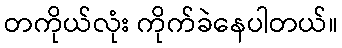
တကိုယ်လုံး ကိုက်ခဲနေပါတယ်။